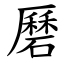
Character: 磿